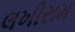
લખીરામ